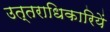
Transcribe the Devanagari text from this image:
उत्तराधिकारियें